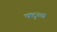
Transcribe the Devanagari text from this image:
फ्द्व्च